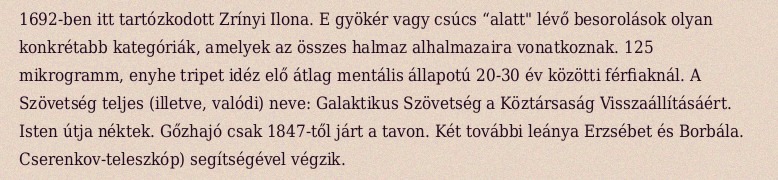
1692-ben itt tartózkodott Zrínyi Ilona. E gyökér vagy csúcs “alatt" lévő besorolások olyan konkrétabb kategóriák, amelyek az összes halmaz alhalmazaira vonatkoznak. 125 mikrogramm, enyhe tripet idéz elő átlag mentális állapotú 20-30 év közötti férfiaknál. A Szövetség teljes (illetve, valódi) neve: Galaktikus Szövetség a Köztársaság Visszaállításáért. Isten útja néktek. Gőzhajó csak 1847-től járt a tavon. Két további leánya Erzsébet és Borbála. Cserenkov-teleszkóp) segítségével végzik.